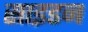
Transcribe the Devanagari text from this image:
साइडन